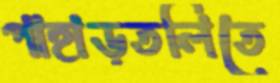
পাহাড়তলিতে